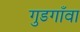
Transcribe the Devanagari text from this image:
गुडगाँवा